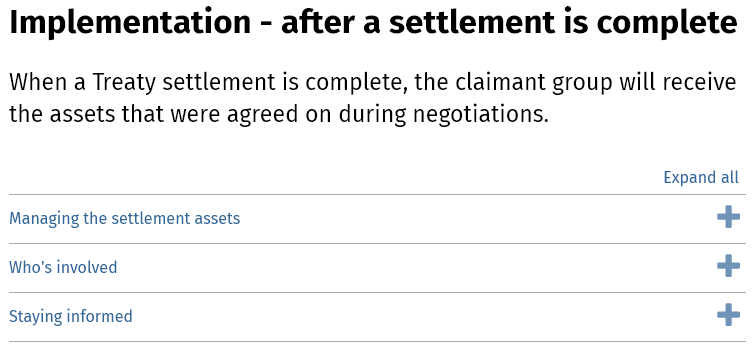
Implementation    -  after  a settlement    is complete
  When a Treaty settlement is complete, the claimant group will receive
  the assets that were agreed on during negotiations.
     Expand all
  Managing the settlement assets
  Who's involved
  Staying informed